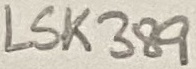
Text: LSK389